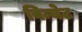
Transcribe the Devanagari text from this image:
विन्येट